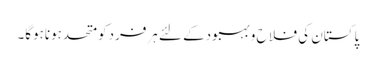
پاکستان کی فلا ح وبہبودکے لئے ہرفردکومتحدہوناہوگا۔